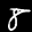
Label: 8